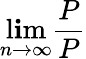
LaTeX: \operatorname*{l\mathbf{i}m}_{n\to\infty}{\frac{{P}}{{P}}}